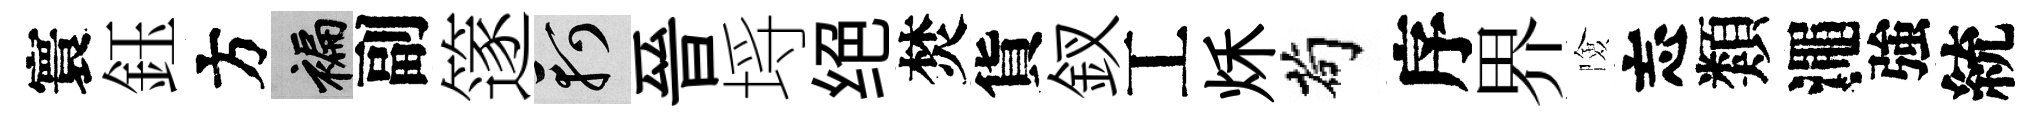
寰鈺方褊副篴軻晉埓绝焚貨釵工秌茍序界險忘類澠強統